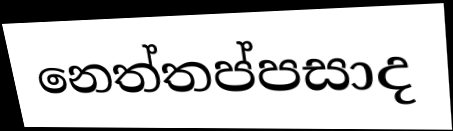
නෙත්තප්පසාද